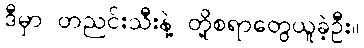
ဒီမှာ တညင်းသီးနဲ့ တို့စရာတွေယူခဲ့ဦး။